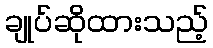
ချုပ်ဆိုထားသည့်